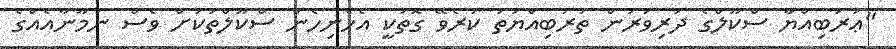
"ޢަރަބިއްޔާ ސްކޫލްގެ ދަރިވަރުން ތަރުބިއްޔަތު ކުރެވޭ ގޮތަކީ އެހެނިހެން ސްކޫލްތަކަށް ވެސް ނަމޫނާއެއްގެ